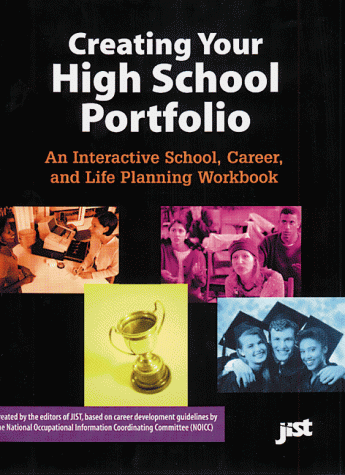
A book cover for Creating Your High School Portfolio: An Interactive School, Career and Life Planning Workbook; Business & Money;